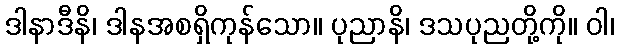
ဒါနာဒီနိ၊ ဒါနအစရှိကုန်သော။ ပုညာနိ၊ ဒသပုညတို့ကို။ ဝါ၊